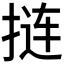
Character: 𫽁